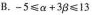
B.$$-5 \leq \alpha+3 \beta \leq 13$$